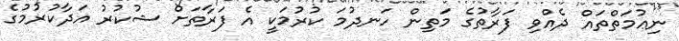
ނިޢުމަތްތައް ދެއްވި ފަރާތުގެ މަތިން ހަނދުމަ ކުރުމަކީ އެ ފަރާތަށް ޝުކުރު އަދާކުރުމުގެ